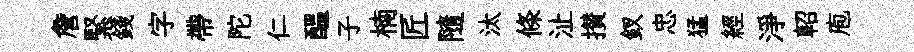
詹緊錢字帶陀仁醖子楠匠隨汰條沚攅釵忠猛經淨軺庖